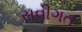
સવીગત